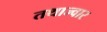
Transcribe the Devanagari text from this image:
तथाज्वार